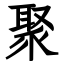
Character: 聚